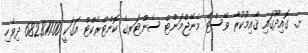
ށ. ގޮއިދޫގައި ޤާއިމުކުރާ ވޭސްޓް މެނޭޖްމަންޓް ސެންޓަރގެ ކޮންޓްރެކްޓް އަގަކީ 682